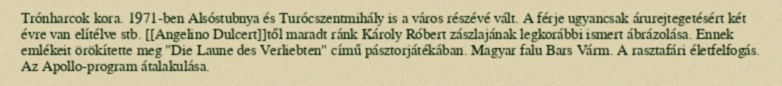
Trónharcok kora. 1971-ben Alsóstubnya és Turócszentmihály is a város részévé vált. A férje ugyancsak árurejtegetésért két évre van elítélve stb. [[Angelino Dulcert]]től maradt ránk Károly Róbert zászlajának legkorábbi ismert ábrázolása. Ennek emlékeit örökítette meg "Die Laune des Verliebten" című pásztorjátékában. Magyar falu Bars Várm. A rasztafári életfelfogás. Az Apollo-program átalakulása.